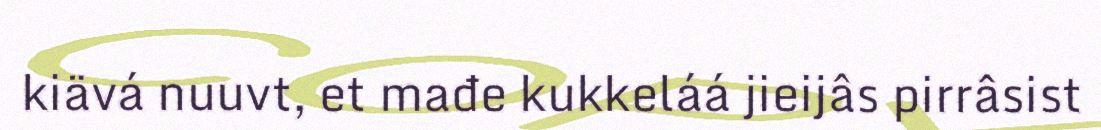
kiävá nuuvt, et mađe kukkeláá jieijâs pirrâsist